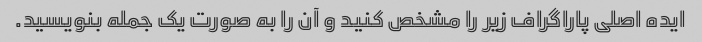
ایده اصلی پاراگراف زیر را مشخص کنید و آن را به صورت یک جمله بنویسید.